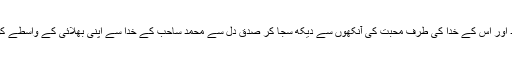
کسی طرح سے محمد اور اُس کے خدا کی طرف محبت کی آنکھوں سے دیکھ سجا کر صدق دل سے محمد ساحب کے خدا سے اپنی بھلائی کے واسطے کوئی دعا مانگ سکیں۔